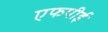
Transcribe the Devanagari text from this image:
एफपीई